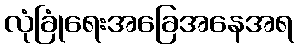
လုံခြုံရေးအခြေအနေအရ